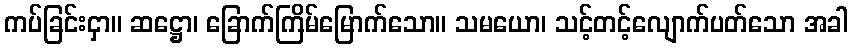
ကပ်ခြင်းငှာ။ ဆဋ္ဌော၊ ခြောက်ကြိမ်မြောက်သော။ သမယော၊ သင့်တင့်လျောက်ပတ်သော အခါ